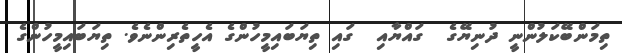
ތިމަންބޭކަލުންނީ ދުނިޔޭގެ  ގައްޔާއި  ގައި ތިޔަބައިމީހުންގެ އެހީތެރިންނެވެ. ތިޔަބައިމީހުންގެ